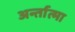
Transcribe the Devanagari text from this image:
अर्न्तात्मा